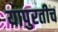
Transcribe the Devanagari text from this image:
यापुरतीच